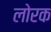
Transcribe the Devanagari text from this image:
लोरक